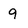
Character: 9